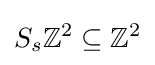
S_{s}\mathbb {Z} ^{2}\subseteq \mathbb {Z} ^{2}